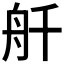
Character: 𫇚